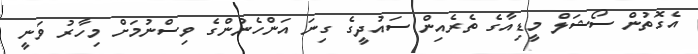
އެގޮތުން ސޯޝަލް މީޑިއާގެ ތެރެއިން ސައުދީގެ ގިނަ އަންހެނުންގެ ވިސްނުމަށް މިހާރު ވަނީ